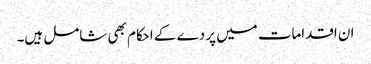
ان اقدامات میں پردے کے احکام بھی شامل ہیں۔